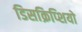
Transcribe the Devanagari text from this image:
डिसक्रिप्शियो